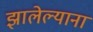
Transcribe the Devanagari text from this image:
झालेल्याना